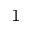
_ 1